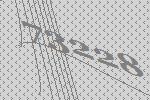
73228